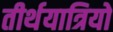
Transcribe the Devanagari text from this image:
तीर्थयात्रियो